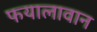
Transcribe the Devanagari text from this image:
फयालावान